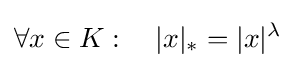
\forall x\in K:\quad |x|_{*}=|x|^{\lambda }